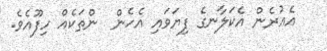
އެއުރެން އެކަލާނގެ ފިޔަވައި އެހެން  ންތަކެއް ހިފޫއެވެ.